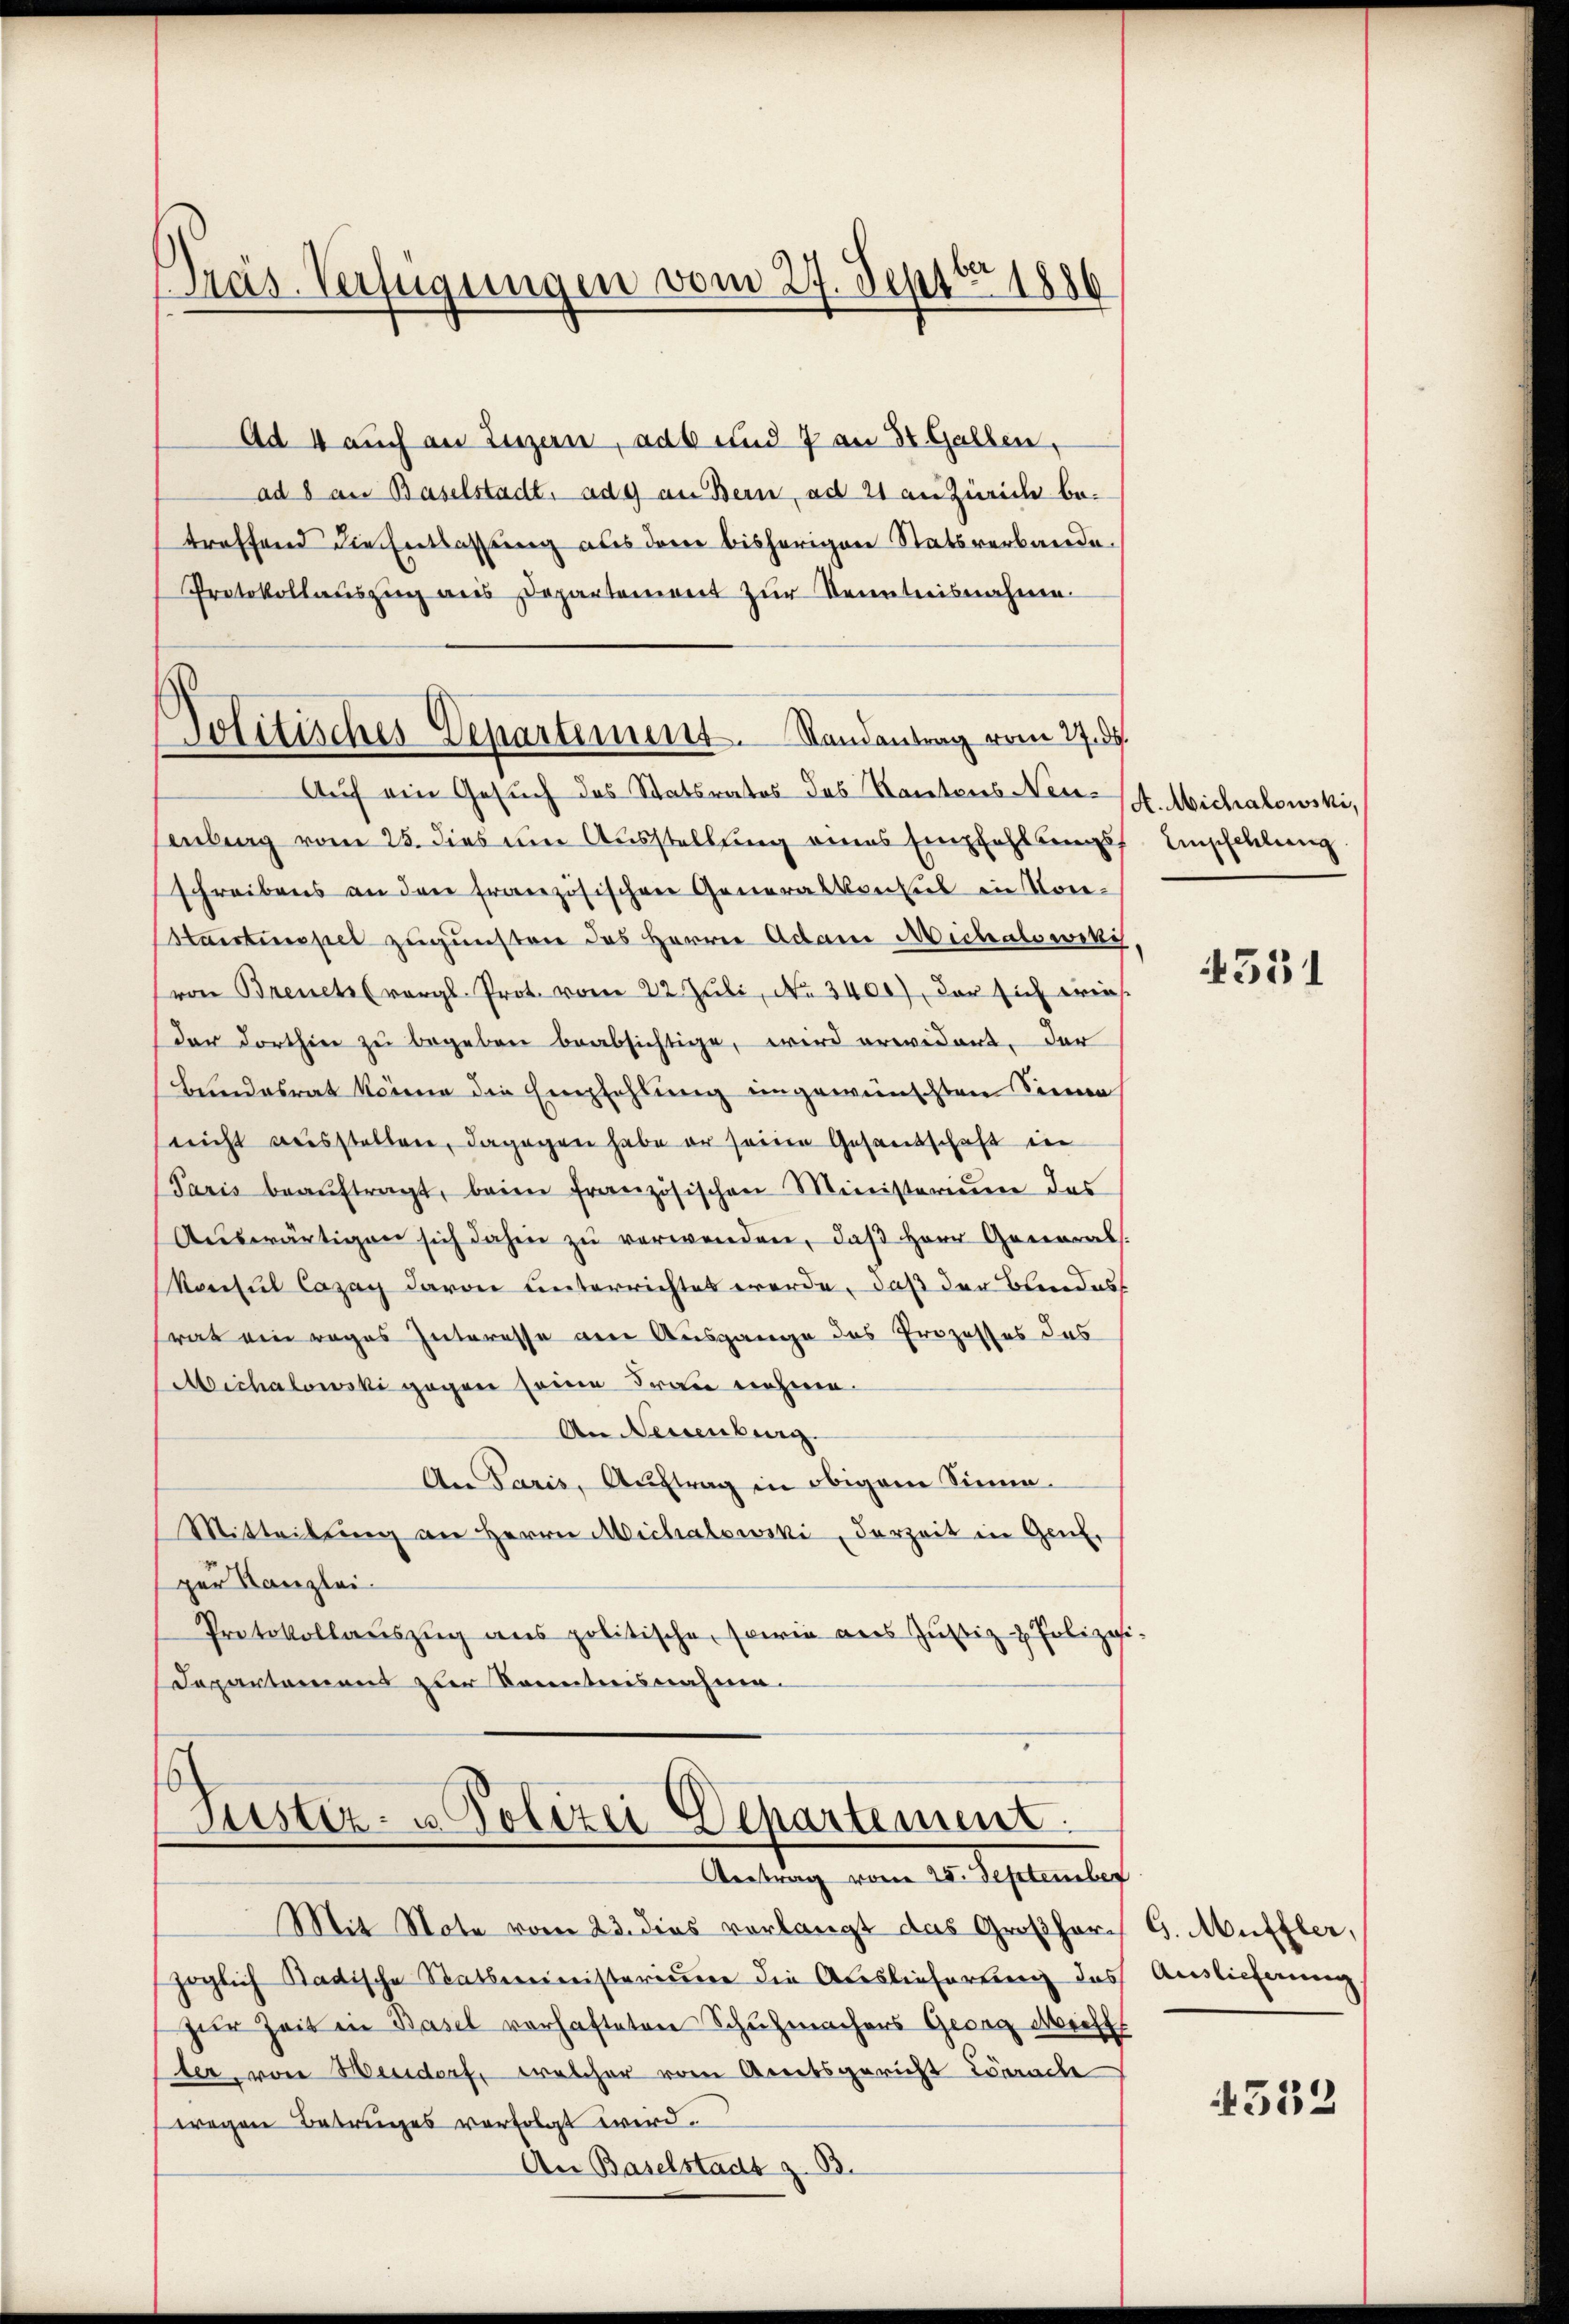
Präs. Verfügungen vom 27. Septbr 1886

Politisches Departement. Randantrag vom 27. ds.

Ad 4 auch an Luzern, ad und 7 an 31. Gallen,
ad 8 an Baselstadt, ad 9 an Bern, ad 21 an Zürich betreffend die Entlassung aus dem bisherigen Statsverbande.
Protokollaŭszŭg ans Departement zŭr Kenntnisnahme.
Auf ein Gesuch das Statsrates das Kantons Neu-St. Michalowski,
senberg vom 25. dies um Ausstellung eines Empfehlungsschreibens an den französischen Generalkonsul in Vor-
Staistempel zugunsten das Herrn Adam Michalowcki
von Brenet (vergl. Prot. vom 22. Juli, No 3400), der sich eins
der dorthin zu begeben beabsichtige, wird erwidert, der
Bundesrat könne die Empfehlung engewünschten Sinnen
(nicht ausstellen, dagegen habe er seine Gesandschaft in
Paris beaŭftragt, beim französischen Ministerium das
Aŭswärtigen sich dahin zŭ verwenden, daβ Herr General-
Konsul Cazag davon unterrichtet werde, daß der Bundes
rat ein weges Interesse am Ausgange des Prozesses das
Michalowski gegen seine Frau nehme.
An Neuenburg.
An Paris, Auftrag in obigem Sinne.
Mitteilung an Herrn Michalowski, derzeit in Genfe
ger Kanzlei-
Protokollaŭszŭg ans politische, sowie aus Jŭstiz- & Polizei
Departamens zur Kenntnisnahme.

Seister- u Polizei Dehartement.
Antrag vom 25. September

Mit Note vom 23. dies vorlangt das Großherr G. Müller,
zöglich Radische Statbereinistereuere die Auslieferung das
zur Zeit in Basel vorhafteten Schuhmachens Gesag Michl
der, von Mendorf, welcher vom Areitsgericht Lörrache
wegen Betruges verfolgt wird.
An Baselstadt z. B.

Empfehlung

1

4551

Auslieferung

4532